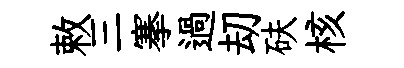
敕三搴過刧砆核